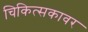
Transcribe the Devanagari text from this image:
चिकित्सकावर